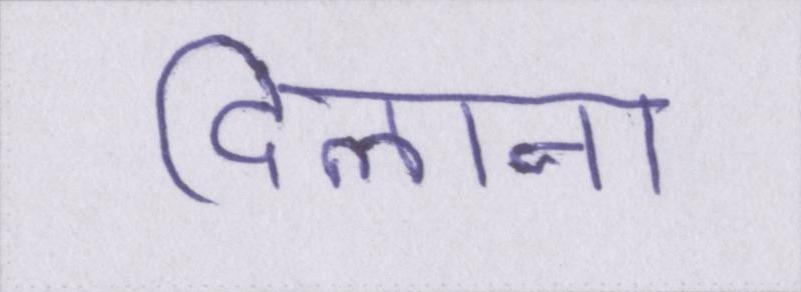
दिलाना